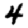
Digit: 4